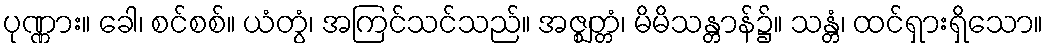
ပုဏ္ဏား။ ခေါ၊ စင်စစ်။ ယံတွံ၊ အကြင်သင်သည်။ အဇ္ဈတ္တံ၊ မိမိသန္တာန်၌။ သန္တံ၊ ထင်ရှားရှိသော။